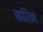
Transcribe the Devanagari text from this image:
वारिन